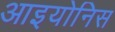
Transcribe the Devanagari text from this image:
आइयोनिस